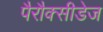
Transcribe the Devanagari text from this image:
पैरौक्सीडेज